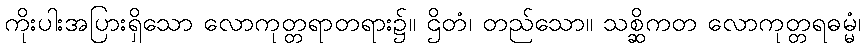
ကိုးပါးအပြားရှိသော လောကုတ္တရာတရား၌။ ဌိတံ၊ တည်သော။ သစ္ဆိကတ လောကုတ္တရဓမ္မံ၊